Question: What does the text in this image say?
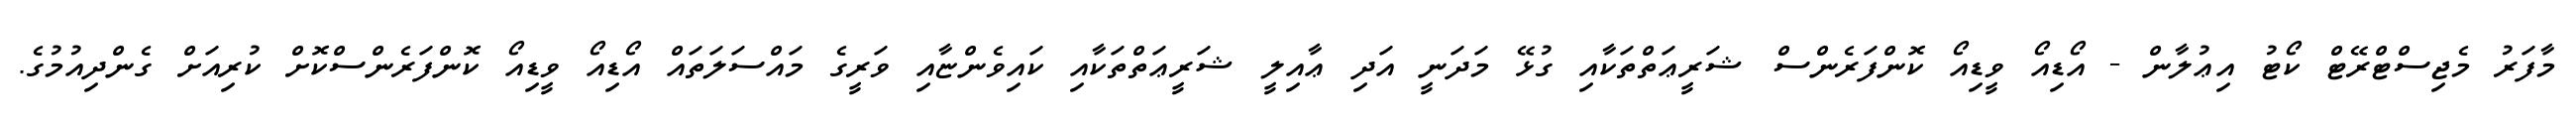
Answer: މާފަރު މެޖިސްޓްރޭޓް ކޯޓު އިޢުލާން - އޯޑިއޯ ވީޑިއޯ ކޮންފަރެންސް ޝަރީޢަތްތަކާއި ގުޅޭ މަދަނީ އަދި ޢާއިލީ ޝަރީޢަތްތަކާއި ކައިވެންޏާއި ވަރީގެ މައްސަލަތައް އޯޑިއޯ ވީޑިއޯ ކޮންފަރެންސްކޮށް ކުރިއަށް ގެންދިއުމުގެ.